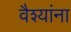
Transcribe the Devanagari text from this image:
वैश्यांना